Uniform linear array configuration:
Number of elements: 4
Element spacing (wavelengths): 0.25
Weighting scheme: hamming
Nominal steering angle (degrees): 60
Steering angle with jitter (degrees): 58.084
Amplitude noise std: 0.05
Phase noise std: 0.05

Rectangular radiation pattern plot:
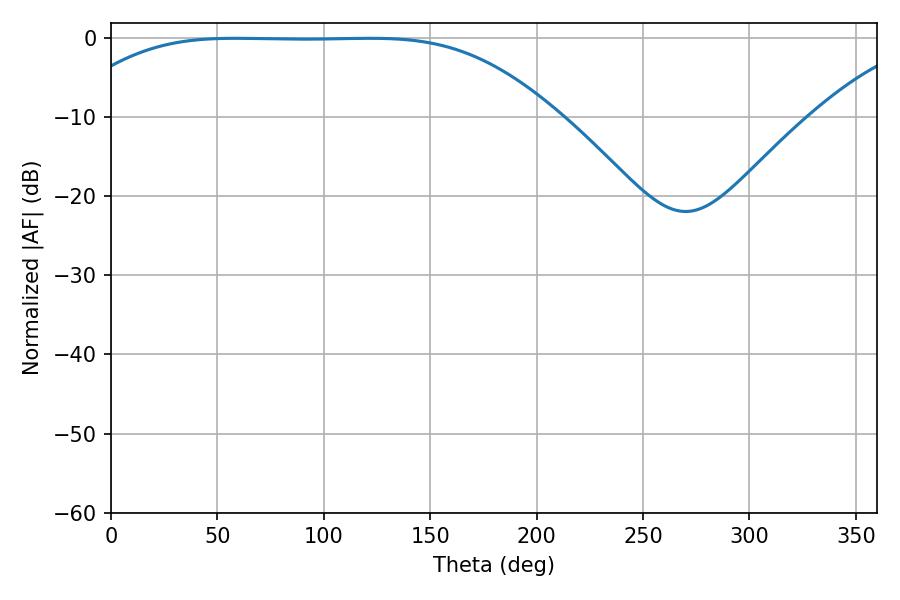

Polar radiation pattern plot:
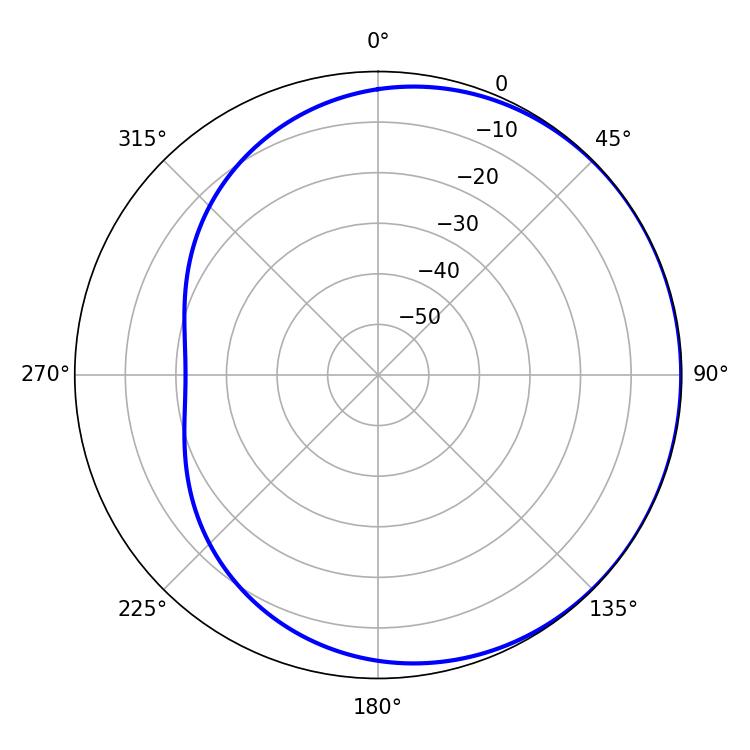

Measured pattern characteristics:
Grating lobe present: FALSE
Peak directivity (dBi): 0.483
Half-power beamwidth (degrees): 172.8
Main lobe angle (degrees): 58.32